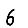
Digit: 6